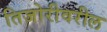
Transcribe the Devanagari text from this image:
तिजोरीवरील